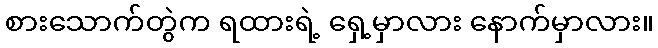
စားသောက်တွဲက ရထားရဲ့ ရှေ့မှာလား နောက်မှာလား။